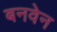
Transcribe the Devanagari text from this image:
बनवेन